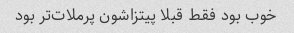
خوب بود فقط قبلا پیتزاشون پرملات‌تر بود